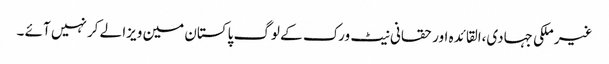
غیر ملکی جہادی،القائدہ اور حقانی نیٹ ورک کے لوگ پاکستان مین ویزا لے کر نہیں آئے ۔